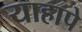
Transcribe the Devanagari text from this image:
याहापे